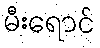
မီးရောင်